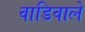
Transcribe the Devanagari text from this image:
वाडिवाले